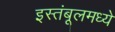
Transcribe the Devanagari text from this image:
इस्तंबूलमध्ये